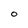
Character: O